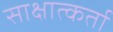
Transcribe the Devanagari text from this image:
साक्षात्कर्ता